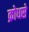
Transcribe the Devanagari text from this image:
क्रोधसे